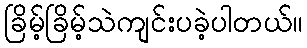
ခြိမ့်ခြိမ့်သဲကျင်းပခဲ့ပါတယ်။